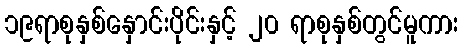
၁၉ရာစုနှစ်နှောင်းပိုင်းနှင့် ၂၀ ရာစုနှစ်တွင်မူကား